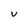
Character: U